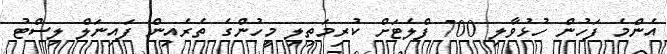
އެންމެ ފަހުން ހުޅުވާލި 700 ފްލެޓަށް ކުރިމަތިލި މީހުންގެ ތެރެއިން ފައިނަލް ލިސްޓު